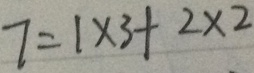
7 = 1 \times 3 + 2 \times 2